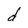
Character: d